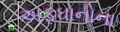
અફઘાનોના